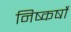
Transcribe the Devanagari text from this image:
निष्कर्षो